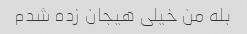
بله من خیلی هیجان زده شدم